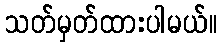
သတ်မှတ်ထားပါမယ်။